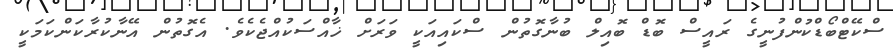
ސްކޭޓްބޯޑްކުންފުނީގެ ރައީސް ބޮޑް ބޮއިލް ބުނާގޮތުން ސްކައިއަކީ ވަރަށް ޚާއްސަކުއްޖެކެވެ. އެގޮތުން އޭނާކުރާކަންކަމަކީ